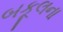
બકૂલના